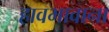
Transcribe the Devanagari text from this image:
हावभावाना